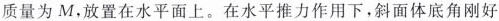
质量为M，放置在水平面上。在水平推力作用下，斜面体底角刚好